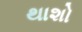
થાશો